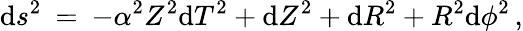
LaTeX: \mathrm{d}s^{2}\: =\: -\alpha^{2}Z^{2}\mathrm{d}T^{2}+\mathrm{d}Z^{2}+\mathrm{d}R^{2}+R^{2}\mathrm{d}\phi^{2}\, ,